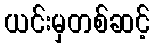
ယင်းမှတစ်ဆင့်